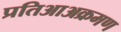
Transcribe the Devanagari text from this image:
प्रतिआअक्रमण